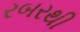
રબરથી